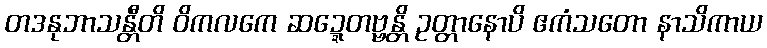
တဒနုဘာသန္တီတိ ဝိကလကေ ဆဍ္ဍေတဗ္ဗန္တိ ဥတ္တာနောပိ ဧကံသတော နာသိကာယ